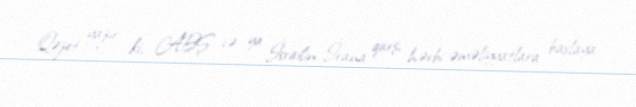
Qəzet yazır ki, ABŞ və ya İsrailin İrana qarşı hərbi əməliyyatlara başlaya